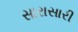
સારાસારી